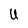
Character: U